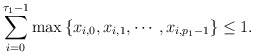
\begin{align*}\sum_{i=0}^{\tau_{1}-1} \max \left\{x_{i, 0}, x_{i, 1}, \cdots, x_{i, p_{1}-1}\right\} \leq 1.\end{align*}